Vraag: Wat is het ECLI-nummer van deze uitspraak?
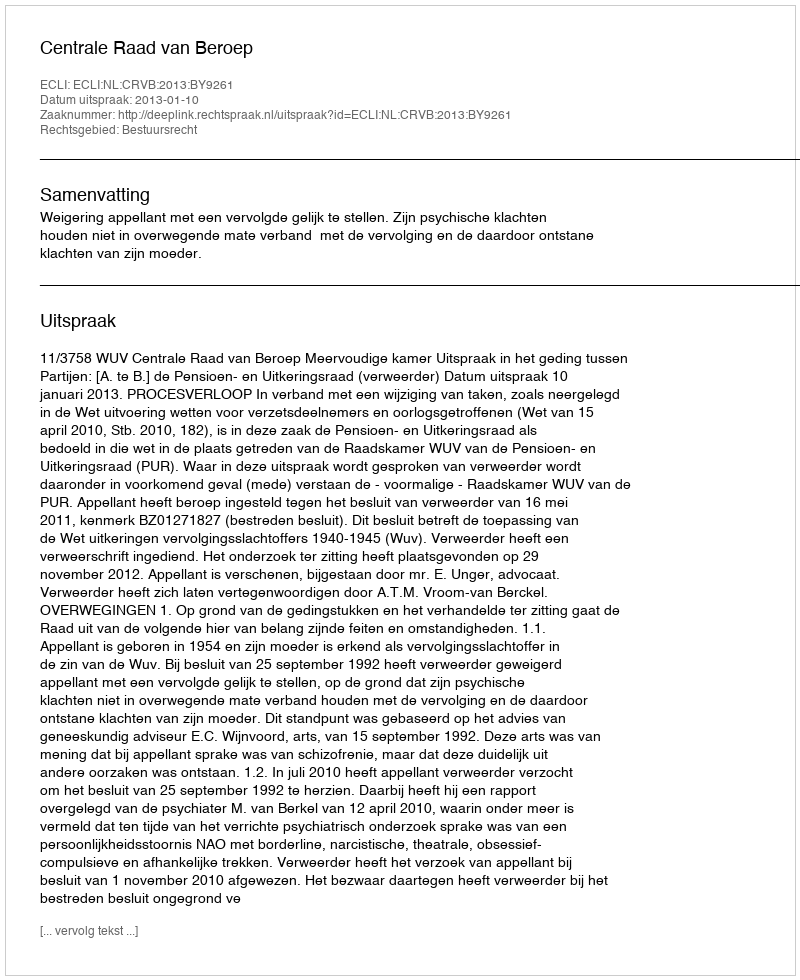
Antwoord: ECLI:NL:CRVB:2013:BY9261